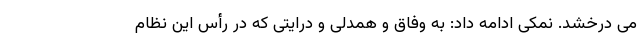
می درخشد. نمکی ادامه داد: به وفاق و همدلی و درایتی که در رأس این نظام